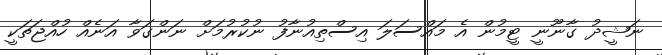
ނަޝީދު ގާނޫނީ ޓީމުން އެ މައްސަލަ އިސްތިއުނާފު ނުކުރުމަށް ނަންގަވާ އަނެއް ހުއްޖަތަކީ